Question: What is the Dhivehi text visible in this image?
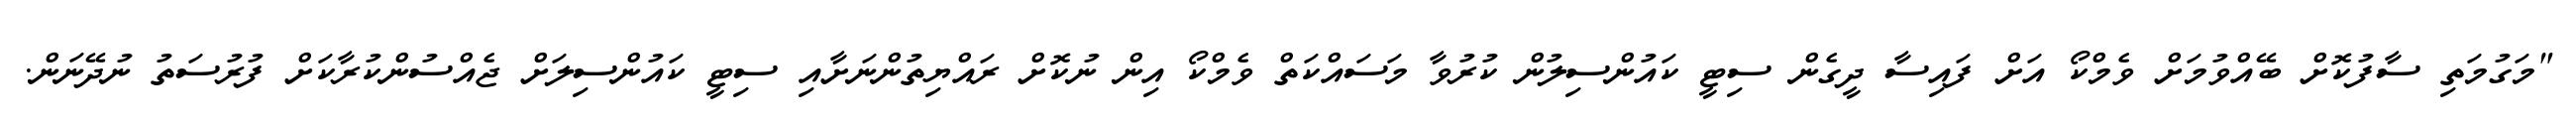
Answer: "މަގުމަތި ސާފުކޮށް ބޭއްވުމަށް ވެމްކޯ އަށް ފައިސާ ދީގެން ސިޓީ ކައުންސިލުން ކުރުވާ މަސައްކަތް ވެމްކޯ އިން ނުކޮށް ރައްޔިތުންނަށާއި ސިޓީ ކައުންސިލަށް ޖެއްސުންކުރާކަށް ފުރުސަތު ނުދޭނަން.